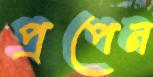
প্রপেন